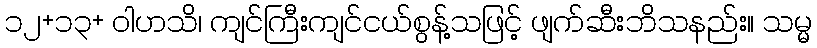
၁၂+၁၃+ ဝါဟသိ၊ ကျင်ကြီးကျင်ငယ်စွန့်သဖြင့် ဖျက်ဆီးဘိသနည်း။ သမ္မ